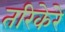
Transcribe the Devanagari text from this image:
तरिकेरे